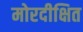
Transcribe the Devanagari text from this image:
मोरदीक्षित